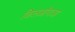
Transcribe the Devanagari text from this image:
किलओपात्रा